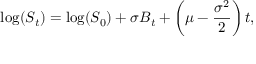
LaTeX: \log ( S _ { t } ) = \log ( S _ { 0 } ) + \sigma B _ { t } + \left( \mu - { \frac { \sigma ^ { 2 } } { 2 } } \right) t ,